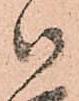
御